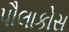
પૌલાકોસ